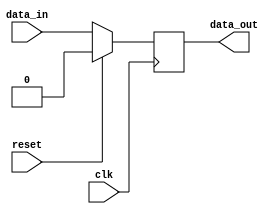
module synchronous_logic_block (
    input wire clk,
    input wire reset,
    input wire data_in,
    output reg data_out
);

always @ (posedge clk) begin
    if (reset) begin
        data_out <= 0;
    end else begin
        data_out <= data_in;
    end
end

endmodule